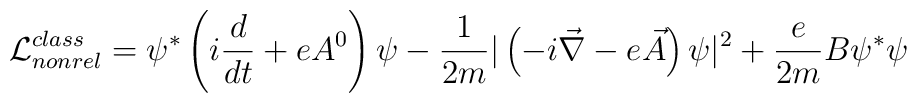
{\cal{L}}_{nonrel}^{class}=\psi^* \left(i\frac{d}{dt}+eA^0\right)\psi-\frac{1}{2m}|\left(-i\vec{\nabla}-e\vec{A}\right)\psi|^2 +\frac{e}{2m} B \psi^*\psi